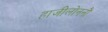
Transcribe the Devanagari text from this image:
हाजीलोननौ